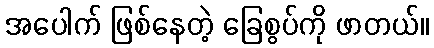
အပေါက် ဖြစ်နေတဲ့ ခြေစွပ်ကို ဖာတယ်။